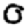
Digit: 0